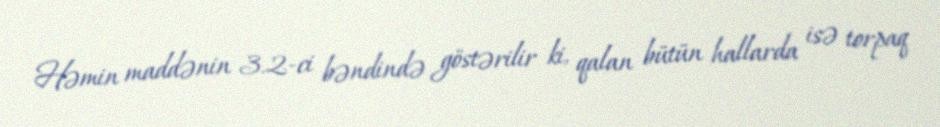
Həmin maddənin 3.2-ci bəndində göstərilir ki, qalan bütün hallarda isə torpaq